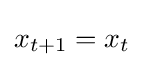
x_{t+1}=x_{t}